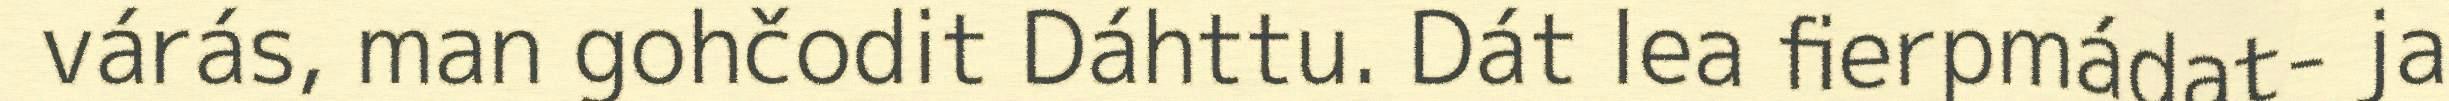
várás, man gohčodit Dáhttu. Dát lea fierpmádat- ja